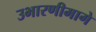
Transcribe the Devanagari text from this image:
उभारणीमागे